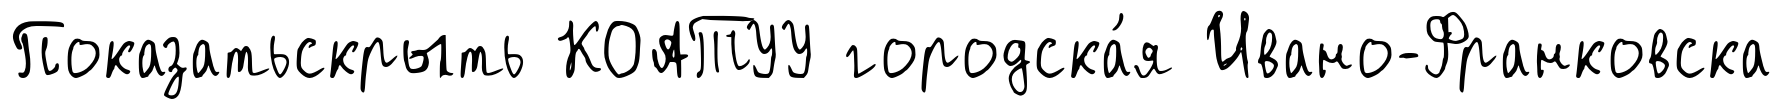
Показатьскрыть КОАТУУ городска́я Ивано-Франковска